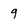
Character: 9